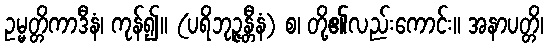
ဥမ္မတ္တိကာဒီနံ၊ ကုန်၍။ (ပရိဘုဉ္ဇန္တီနံ) စ၊ တို့၏လည်းကောင်း။ အနာပတ္တိ၊